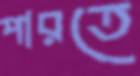
পারতে